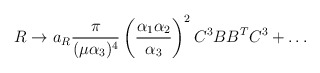
\begin{align*}R \to a_R {\pi \over (\mu \alpha_3)^4} \left( {\alpha_1 \alpha_2\over \alpha_3}\right)^2 {C^3}B B^T {C^3} + \ldots\end{align*}